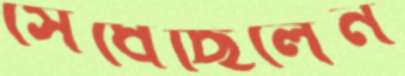
সেধেছিলেন